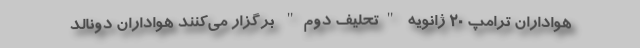
هواداران ترامپ ۲۰ ژانویه "تحلیف دوم" برگزار می‌کنند هواداران دونالد